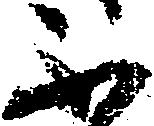
不